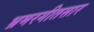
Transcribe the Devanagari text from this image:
भ्रमरगीतसार